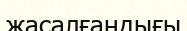
жасалғандығы